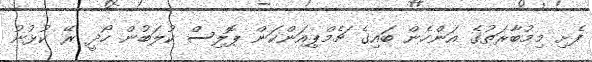
ފެށި މިމުބާރަތުގެ އަންހެން ބައިގެ ޗެމްޕިއަންކަން ޕޮލިސް ކުލަބުން ހޯދީ ރޭ ކުޅުނު